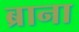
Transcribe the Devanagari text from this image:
ब्राना